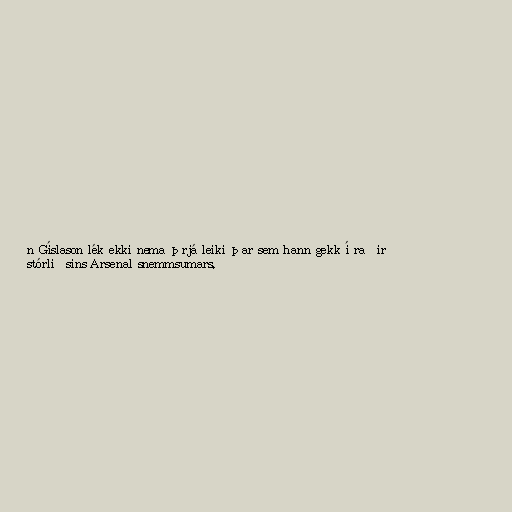
n Gíslason lék ekki nema þrjá leiki þar sem hann gekk í raðir
stórliðsins Arsenal snemmsumars.